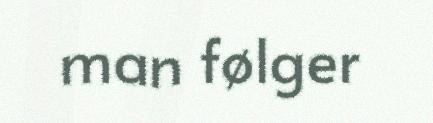
man følger